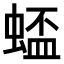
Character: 𫋋